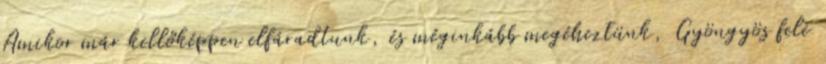
Amikor már kellőképpen elfáradtunk, és méginkább megéheztünk, Gyöngyös felé